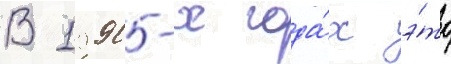
В 1990-х года́х э́то